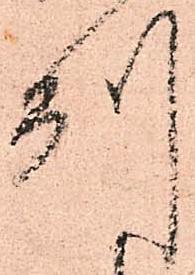
州